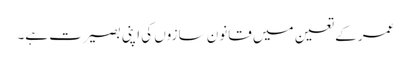
عمر کے تعین میں قانون سازوں کی اپنی بصیرت ہے۔